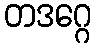
တဒဂ္ဂေ